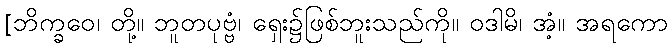
[ဘိက္ခဝေ၊ တို့။ ဘူတပုဗ္ဗံ၊ ရှေး၌ဖြစ်ဘူးသည်ကို။ ဝဒါမိ၊ အံ့။ အရကော